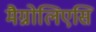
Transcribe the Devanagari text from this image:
मैग्नोलिएसि